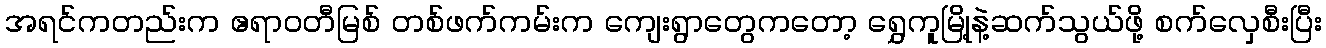
အရင်ကတည်းက ဧရာဝတီမြစ် တစ်ဖက်ကမ်းက ကျေးရွာတွေကတော့ ရွှေကူမြို့နဲ့ဆက်သွယ်ဖို့ စက်လှေစီးပြီး